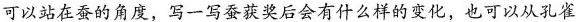
可以站在蚕的角度，写一写蚕获奖后会有什么样的变化，也可以从孔雀